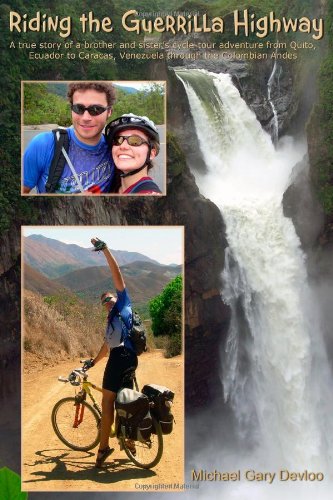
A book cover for Riding the Guerrilla Highway: A True Story of a Brother and Sister's bicycle adventure from Quito, Ecuador to Caracas, Venezuela through the Colombian Andes; Michael Gary Devloo P.E.; Travel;